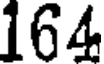
164